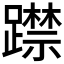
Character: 𨆃